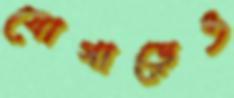
যোগাড়েও